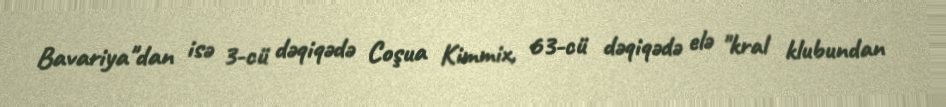
Bavariya"dan isə 3-cü dəqiqədə Coşua Kimmix, 63-cü dəqiqədə elə "kral klubundan